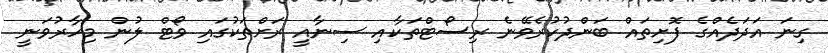
ގިނަ އަދަދެއްގެ ފޮށިތައް ބަންދުކުރެވޭނެ ރިސޯޓްތަކާއި ސިނާއީ ރަށްތަކުގައި ވޯޓް ލުން މިހާރުވަނީ